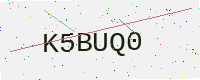
Text: K5BUQ0